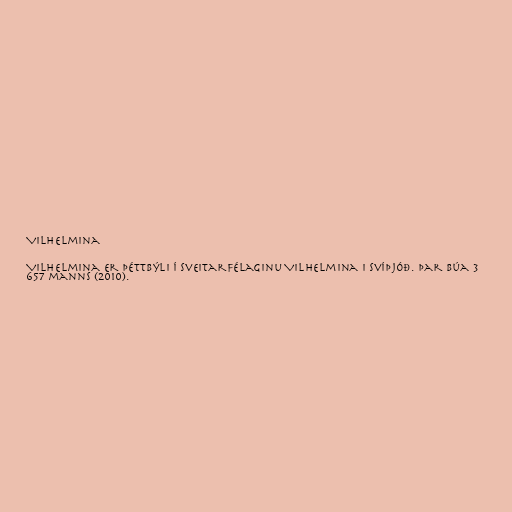
Vilhelmina

Vilhelmina er þéttbýli í sveitarfélaginu Vilhelmina i Svíþjóð. Þar búa 3
657 manns (2010).